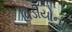
વિડીયોની